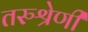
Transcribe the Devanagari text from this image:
तरुश्रेणी